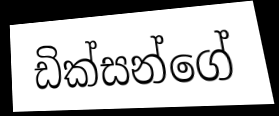
ඩික්සන්ගේ